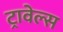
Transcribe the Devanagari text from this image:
ट्रावेल्स